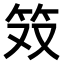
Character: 𫁷